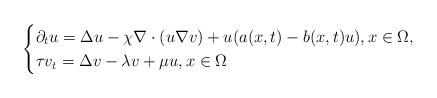
LaTeX: \begin{align*}\begin{cases}\partial_tu=\Delta u -\chi\nabla\cdot(u\nabla v)+u(a(x,t)-b(x,t)u),x\in\Omega,\cr\tau v_t=\Delta v-\lambda v+\mu u ,x\in\Omega\end{cases}\end{align*}